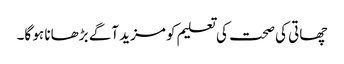
چھاتی کی صحت کی تعلیم کو مزید آگے بڑھانا ہو گا۔